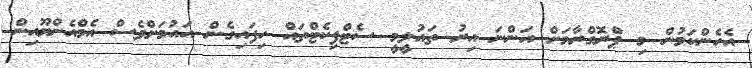
އެހެންކަމުން މި ޕްރޮގްރާމަށް އަންނަ އިރު ތައުލީމީ ސެޓްފިކެޓްތައް ހިފައިގެން އައުމަށްވެސް އެމްއެންޔޫއިން